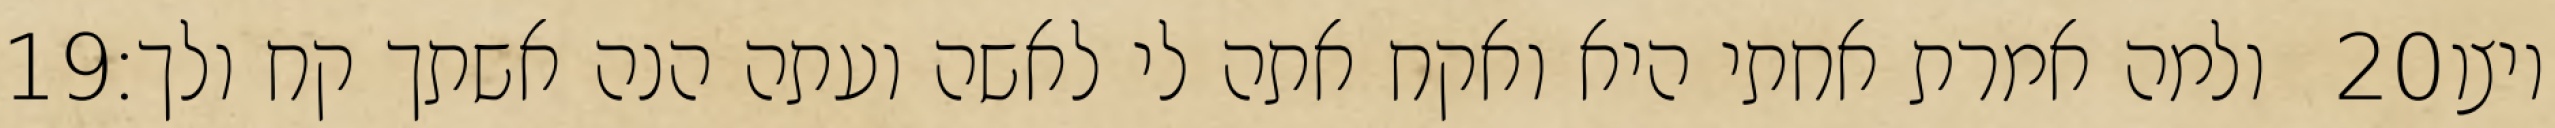
‎19‏ ולמה אמרת אחתי היא ואקח אתה לי לאשה ועתה הנה אשתך קח ולך׃ ‎20‏ ויצו